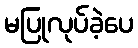
မပြုလုပ်ခဲ့ပေ